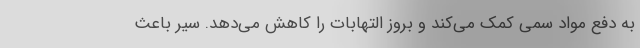
به دفع مواد سمی کمک می‌کند و بروز التهابات را کاهش می‌دهد. سیر باعث